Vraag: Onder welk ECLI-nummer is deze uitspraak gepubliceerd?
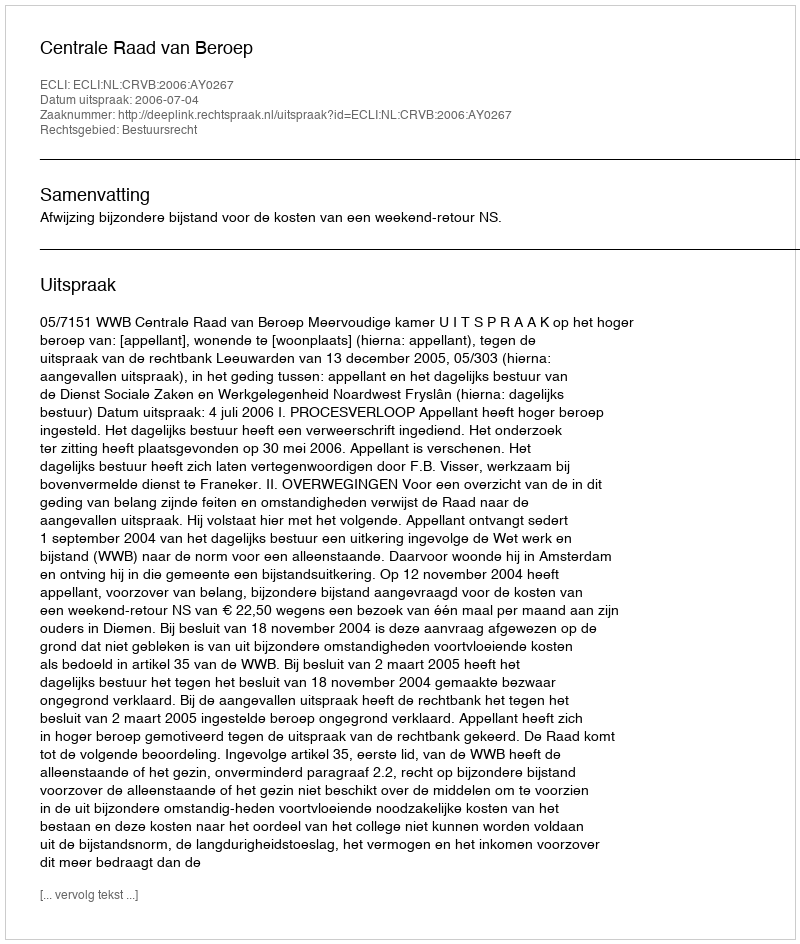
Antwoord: ECLI:NL:CRVB:2006:AY0267